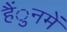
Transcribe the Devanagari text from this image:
हैंुनमें